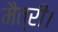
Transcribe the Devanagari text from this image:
मैत्री।